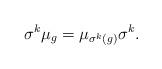
LaTeX: \begin{align*}\sigma^{k} \mu_g= \mu_{\sigma^k(g)} \sigma^{k}.\end{align*}